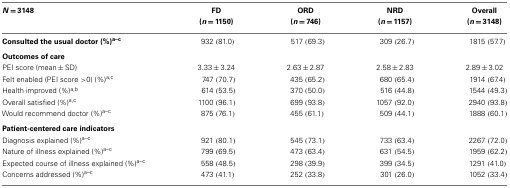
<table><thead><tr><td><b><i>N</i> = 3148</b></td><td><b>FD</b></td><td><b>ORD</b></td><td><b>NRD</b></td><td><b>Overall</b></td></tr><tr><td></td><td><b>(<i>n</i> = 1150)</b></td><td><b>(<i>n</i> = 746)</b></td><td><b>(<i>n</i> = 1157)</b></td><td><b>(<i>n</i> = 3148)</b></td></tr></thead><tbody><tr><td><b>Consulted the usual doctor (%)<sup>a–c</sup></b></td><td>932 (81.0)</td><td>517 (69.3)</td><td>309 (26.7)</td><td>1815 (57.7)</td></tr><tr><td><b>Outcomes of care</b></td></tr><tr><td>PEI score (mean ± SD)</td><td>3.33 ± 3.24</td><td>2.63 ± 2.87</td><td>2.58 ± 2.83</td><td>2.89 ± 3.02</td></tr><tr><td>Felt enabled (PEI score &gt;0) (%)<sup>a,c</sup></td><td>747 (70.7)</td><td>435 (65.2)</td><td>680 (65.4)</td><td>1914 (67.4)</td></tr><tr><td>Health improved (%)<sup>a,b</sup></td><td>614 (53.5)</td><td>370 (50.0)</td><td>516 (44.8)</td><td>1544 (49.3)</td></tr><tr><td>Overall satisfied (%)<sup>a,c</sup></td><td>1100 (96.1)</td><td>699 (93.8)</td><td>1057 (92.0)</td><td>2940 (93.8)</td></tr><tr><td>Would recommend doctor (%)<sup>a–c</sup></td><td>875 (76.1)</td><td>455 (61.1)</td><td>509 (44.1)</td><td>1888 (60.1)</td></tr><tr><td><b>Patient-centered care indicators</b></td></tr><tr><td>Diagnosis explained (%)<sup>a–c</sup></td><td>921 (80.1)</td><td>545 (73.1)</td><td>733 (63.4)</td><td>2267 (72.0)</td></tr><tr><td>Nature of illness explained (%)<sup>a–c</sup></td><td>799 (69.5)</td><td>473 (63.4)</td><td>631 (54.5)</td><td>1959 (62.2)</td></tr><tr><td>Expected course of illness explained (%)<sup>a–c</sup></td><td>558 (48.5)</td><td>298 (39.9)</td><td>399 (34.5)</td><td>1291 (41.0)</td></tr><tr><td>Concerns addressed (%)<sup>a–c</sup></td><td>473 (41.1)</td><td>252 (33.8)</td><td>301 (26.0)</td><td>1052 (33.4)</td></tr></tbody></table>